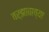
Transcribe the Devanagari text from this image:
वर्झावाच्या